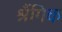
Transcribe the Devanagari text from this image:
श्रैंगिक